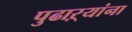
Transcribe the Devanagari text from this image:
पुढाऱ्यांना